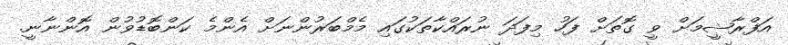
އަފްރާޝީމަށް ވީ ގޮތަށް ފަހު މިފަދަ ނުރައްކާތަކުގައި މެމްބަރުންނަށް އެންމެ ކަންބޮޑުވުން އޮންނާނީ.